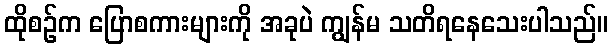
ထိုစဉ်က ပြောစကားများကို အခုပဲ ကျွန်မ သတိရနေသေးပါသည်။